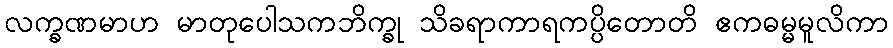
လက္ခဏမာဟ မာတုပေါသကဘိက္ခု သိခရာကာရကပ္ပိတောတိ ဧကဓမ္မမူလိကာ